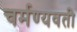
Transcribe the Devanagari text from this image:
चर्मण्यवती